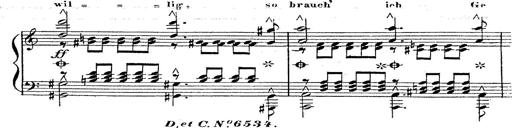
Title: 12 Lieder von Franz Schubert
Composer: Franz Liszt